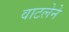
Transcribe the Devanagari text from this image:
वाटलेने